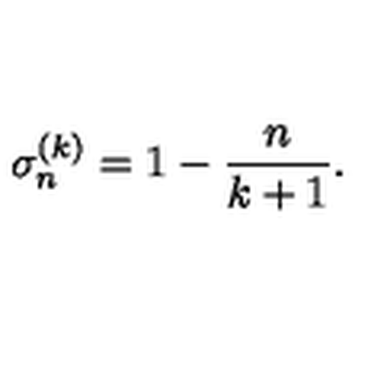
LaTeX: \sigma _ { n } ^ { ( k ) } = 1 - \frac { n } { k + 1 } .